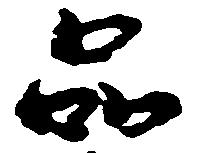
品